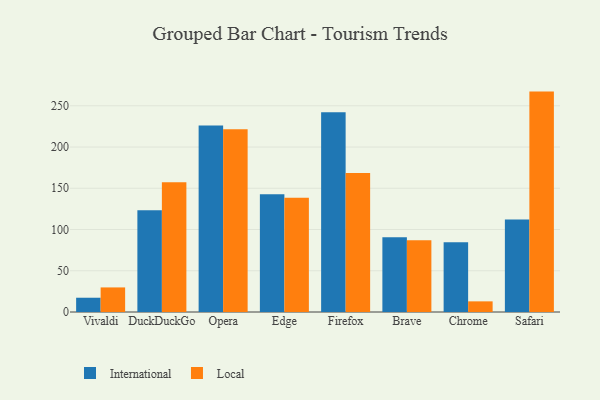
{"axis": {"x": "Browser", "y": "Backlog"}, "legend": ["International", "Local"], "data": [{"x": "Vivaldi", "y": 17.3, "type": "International"}, {"x": "Vivaldi", "y": 29.8, "type": "Local"}, {"x": "DuckDuckGo", "y": 123.5, "type": "International"}, {"x": "DuckDuckGo", "y": 157.4, "type": "Local"}, {"x": "Opera", "y": 226.1, "type": "International"}, {"x": "Opera", "y": 221.7, "type": "Local"}, {"x": "Edge", "y": 142.8, "type": "International"}, {"x": "Edge", "y": 138.4, "type": "Local"}, {"x": "Firefox", "y": 242.3, "type": "International"}, {"x": "Firefox", "y": 168.5, "type": "Local"}, {"x": "Brave", "y": 90.7, "type": "International"}, {"x": "Brave", "y": 87.1, "type": "Local"}, {"x": "Chrome", "y": 84.7, "type": "International"}, {"x": "Chrome", "y": 12.9, "type": "Local"}, {"x": "Safari", "y": 112.0, "type": "International"}, {"x": "Safari", "y": 267.2, "type": "Local"}]}